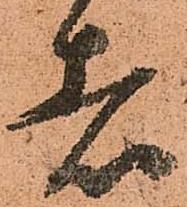
者